Specificity of antivenomous sera, with special reference to a serum prepared with the venom of Daboia russellii - Number 16
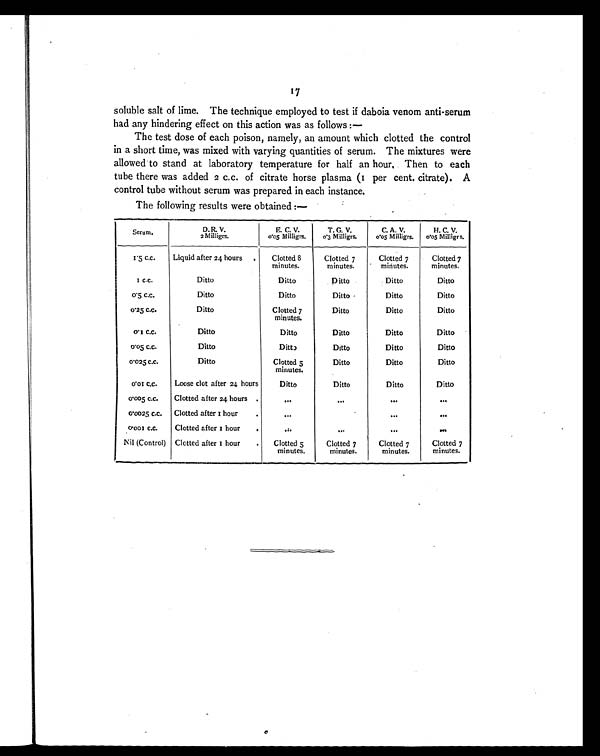
17
soluble salt of lime. The technique employed to test if daboia venom anti-serum
had any hindering effect on this action was as follows :—
The test dose of each poison, namely, an amount which clotted the control
in a short time, was mixed with varying quantities of serum. The mixtures were
allowed to stand at laboratory temperature for half an hour, Then to each
tube there was added 2 c.c. of citrate horse plasma (1 per cent. citrate). A
control tube without serum was prepared in each instance.
The following results were obtained :—
Serum. D. R. V. 2 Mi l l i grs.
E. C. V. 0.5 Milligrs.
T. G. V. 0.3 Milligrs.
C . A . V . 0 . 0 5 M i l l i g r s .
H. C. V. 0.05 Milligrs.
1. 5 C. C.
Liquid after 24 hours.
Clotted 8
minutes.
Clotted 7
minutes.
Clotted 7
minutes.
Clotted 7
minutes.
1 C . C .
Ditto
Ditto
Ditto
Ditto
Ditto
0.5 C.C.
Ditto
Ditto
Ditto •
Ditto
Ditto
0.25 C.C.
Ditto
Clotted 7
minutes.
Ditto
Ditto
Ditto
0. 1 C. C.
Ditto
Ditto
Ditto
Ditto
Ditto
0.5 C.C.
Ditto
Ditty
Ditto
Ditto
Ditto
0.25 C.C.
Ditto
Clotted 5
minutes.
Ditto
Ditto
Ditto
0.01 C.C.
Loose clot after 24 hours
Ditto
Ditto
Ditto
Ditto
0.005 C.C.
Clotted after 24 hours .
... ... ... ...
0.0025 C.C.
Clotted after 1 hour.
... ... ...
0.001 C.C.
Clotted after 1 hour
.
... ... ... ...
Nil (Control) Clotted after 1 hour
.
Clotted 5
minutes.
Clotted 7
minutes.
Clotted 7
minutes.
Clotted 7
minutes.